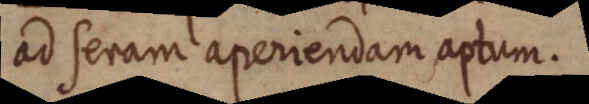
ad seram aperiendam aptum.